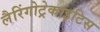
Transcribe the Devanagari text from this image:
लैरिंगोट्रेकाइटिस